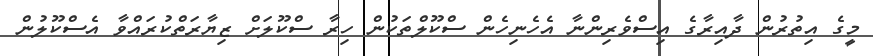
މީގެ އިތުރުން ދާއިރާގެ އިސްވެރިންނާ އެހެނިހެން ސްކޫލްތަކުން ހިރާ ސްކޫލަށް ޒިޔާރަތްކުރައްވާ އެސްކޫލުން